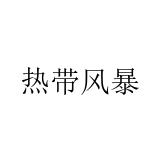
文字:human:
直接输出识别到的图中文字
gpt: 热带风暴